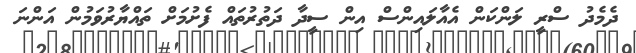
ދެމެދު ސްރީ ލަންކަން އެއާލައިންސް އިން ސީދާ ދަތުރުތައް ފެށުމަށް ތައްޔާރުވަމުން އަންނަ